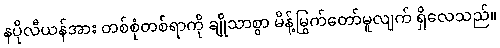
နပိုလီယန်အား တစ်စုံတစ်ရာကို ချိုသာစွာ မိန့်မြွက်တော်မူလျက် ရှိလေသည်။